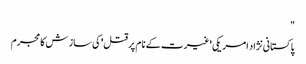
"
پاکستانی نژاد امریکی 'غیرت کے نام پر قتل' کی ساز ش کا مجرم